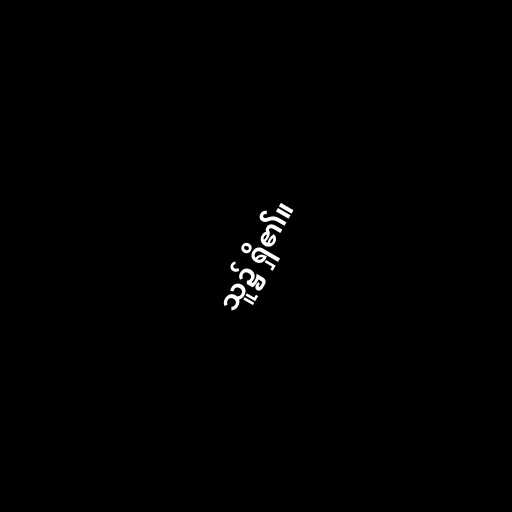
သူ၌ ရှိ၏။